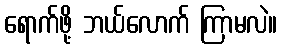
ရောက်ဖို့ ဘယ်လောက် ကြာမလဲ။